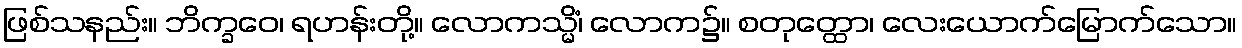
ဖြစ်သနည်း။ ဘိက္ခဝေ၊ ရဟန်းတို့။ လောကသ္မိံ၊ လောက၌။ စတုတ္ထော၊ လေးယောက်မြောက်သော။